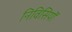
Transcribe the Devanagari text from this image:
निविसियों